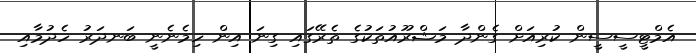
އެމްޓީސީސީން ކުރިއަށް ގެންދާ މަޝްރޫއުތަކުގެ ތެރޭގައި ގިނަ އިން ހިމެނެނީ ބަނދަރު ހެދުމާއި